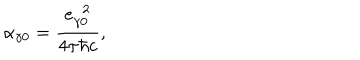
LaTeX: \alpha _ { \gamma 0 } = \frac { e _ { \gamma 0 } ^ { \ \ 2 } } { 4 \pi \hbar c } ,